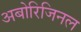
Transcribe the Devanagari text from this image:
अबोरिजिनल